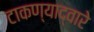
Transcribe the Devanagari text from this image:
टाकण्याद्वारे